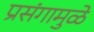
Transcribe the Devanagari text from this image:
प्रसंगामुळे